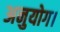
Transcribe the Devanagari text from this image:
अनुयोग।